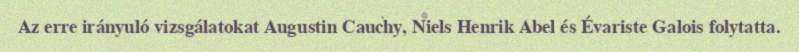
Az erre irányuló vizsgálatokat Augustin Cauchy, Niels Henrik Abel és Évariste Galois folytatta.